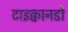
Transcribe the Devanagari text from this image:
टाइक्वानडो